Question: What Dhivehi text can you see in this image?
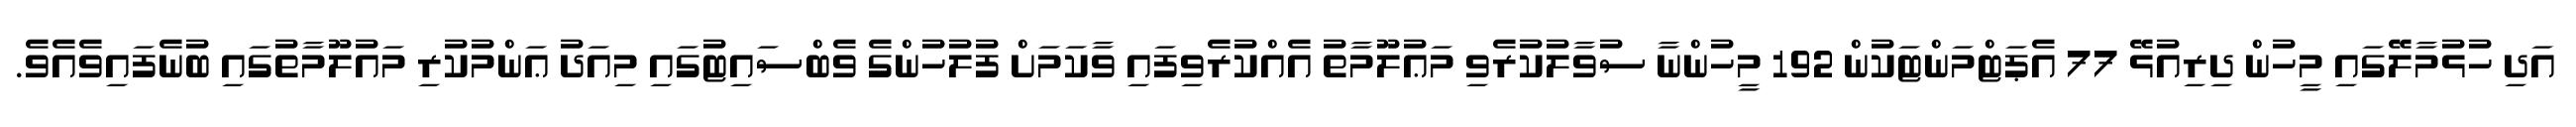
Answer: އަދި ހުޅުމާލޭގައި މީހުން ދިރިއުޅޭ 77 އެޕަޓްމަންޓަކުން 192 މީހުންނާ ސުވާލުކުރެވި މަޢުލޫމާތު އެއްކުރެވިފައި ވާކަމަށް ފުލުހުންގެ ވެބްސައިޓުގައި މިއަދު ޢަންމުކުރި މައުލޫމާތުގައި ބުނެފައިވެއެވެ.